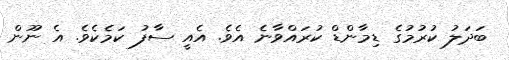
ބަދަލު ކުރުމުގެ ޑިމާންޑް ކުރައްވާނެ އެވެ. އެއީ ސާފު ކަމެކެވެ. އެ ނޫން